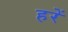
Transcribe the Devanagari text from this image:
हरें